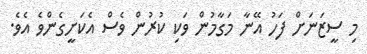
މި ސީޒަނަށް ފަހު އޭނާ މަގާމުން ވަކި ކުރުން ވެސް އެކަށީގެންވެ އެވެ.